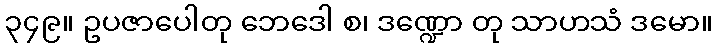
၃၄၉။ ဥပဇာပေါတု ဘေဒေါ စ၊ ဒဏ္ဍော တု သာဟသံ ဒမော။